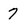
Character: 7